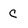
Character: c